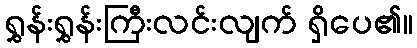
ရွှန်းရွှန်းကြီးလင်းလျက် ရှိပေ၏။